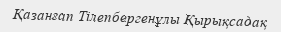
Қазанғап Тілепбергенұлы Қырықсадақ